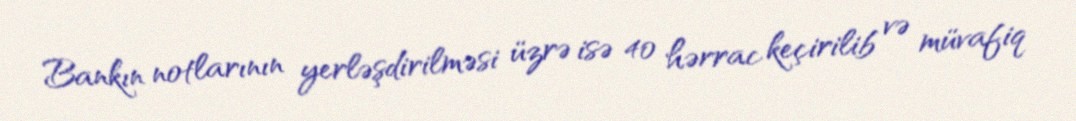
Bankın notlarının yerləşdirilməsi üzrə isə 40 hərrac keçirilib və müvafiq